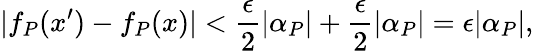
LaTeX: |f_{P}(x^{\prime})-f_{P}(x)|<\frac{\epsilon}{2}|\alpha_{P}|+\frac{\epsilon}{2}|\alpha_{P}|=\epsilon|\alpha_{P}|,